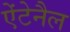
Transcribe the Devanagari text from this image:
ऐंटेनैल